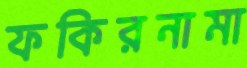
ফকিরনামা